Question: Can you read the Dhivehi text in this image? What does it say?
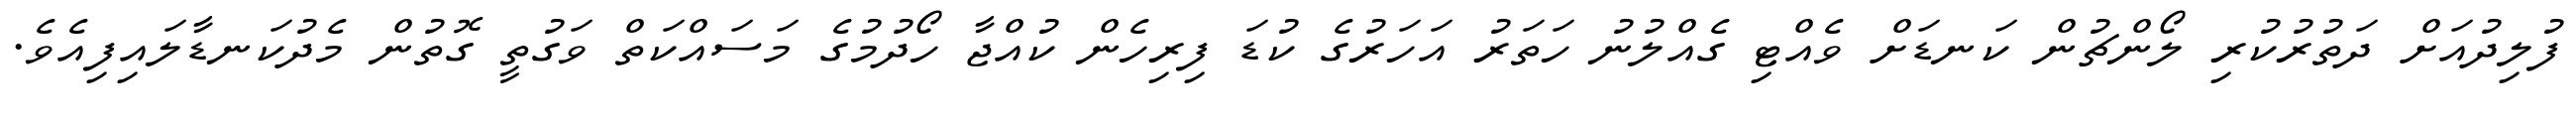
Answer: ފުލިދުއަށް ދަތުރުކުރި ލޯންޗުން ކަނޑަށް ވެއްޓި ގެއްލުނު ހަތަރު އަހަރުގެ ކުޑަ ފިރިހެން ކުއްޖާ ހޯދުމުގެ މަސައްކަތް ވަގުތީ ގޮތުން މެދުކަނޑާލައިފިއެވެ.